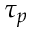
\tau _ { p }